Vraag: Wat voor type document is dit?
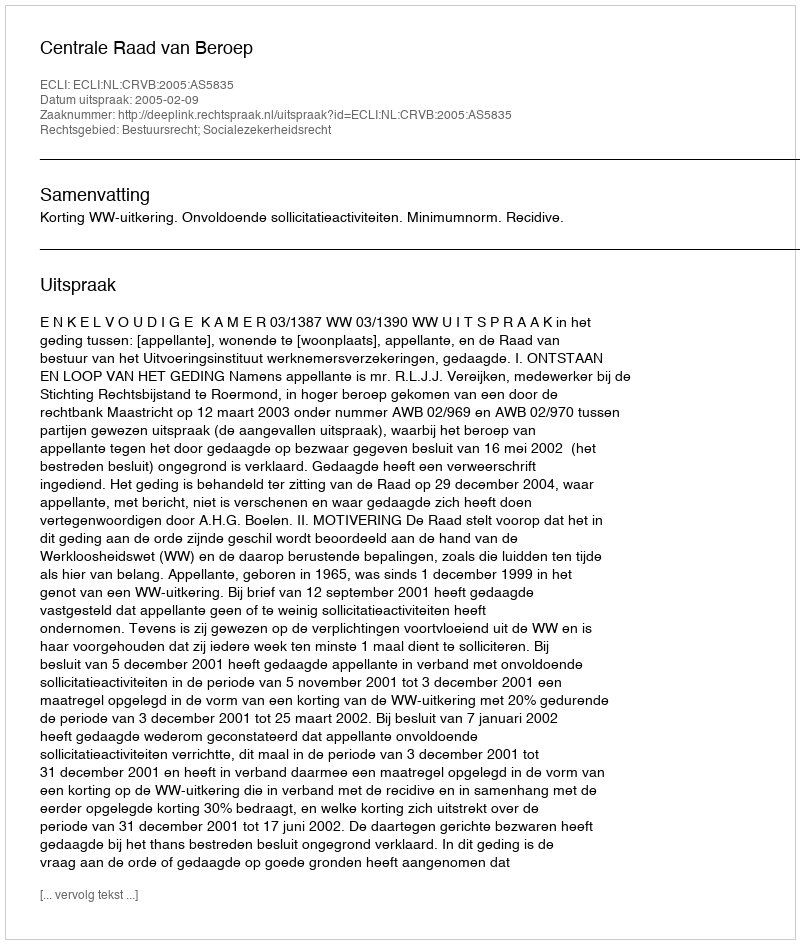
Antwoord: Uitspraak